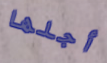
أجلها